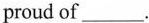
proud of___.